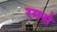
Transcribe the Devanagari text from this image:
रमसे